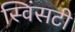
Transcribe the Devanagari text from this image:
स्विंसटी